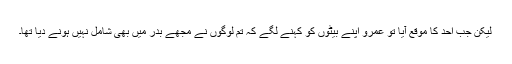
لیکن جب اُحُد کا موقع آیا تو عمرو اپنے بیٹوں کو کہنے لگے کہ تم لوگوں نے مجھے بدر میں بھی شامل نہیں ہونے دیا تھا۔